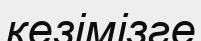
кезімізге